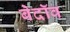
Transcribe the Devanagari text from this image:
बेदॉव